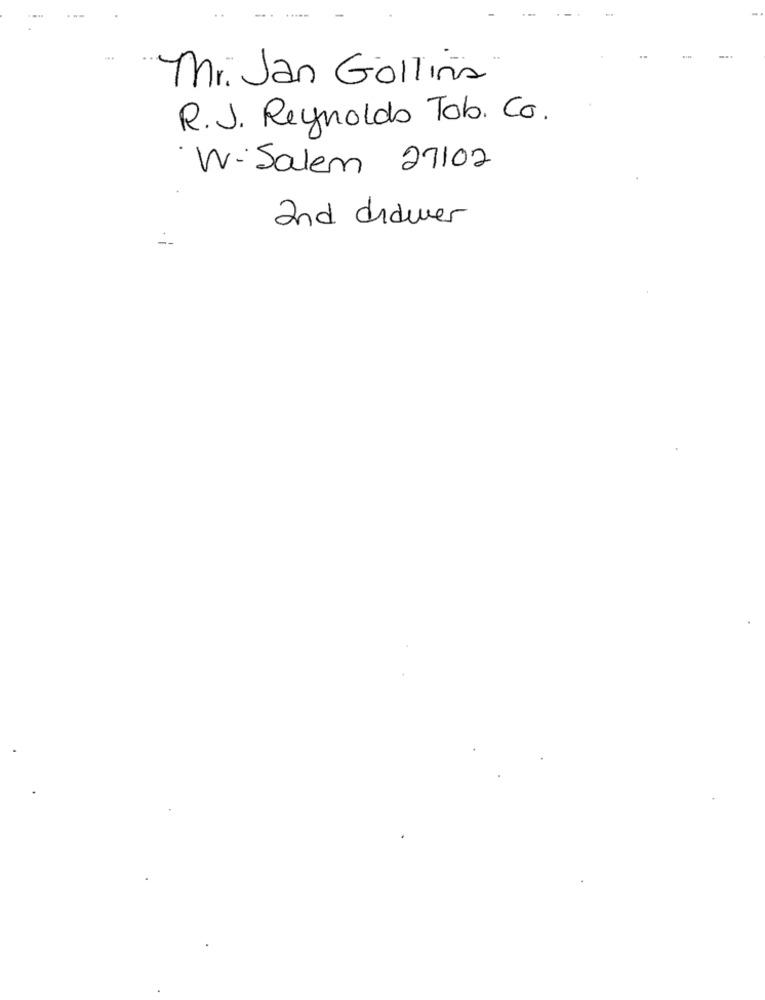
Mr. Jan Gollina
R.J. Reynolds Tob. Co.
· W-Salem 27102
and didwer